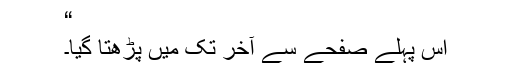
“
اس پہلے صفحے سے آخر تک میں پڑھتا گیا۔